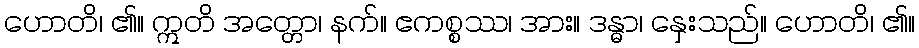
ဟောတိ၊ ၏။ ဣတိ အတ္တော၊ နက်။ ဧကစ္စဿ၊ အား။ ဒန္ဓာ၊ နှေးသည်။ ဟောတိ၊ ၏။